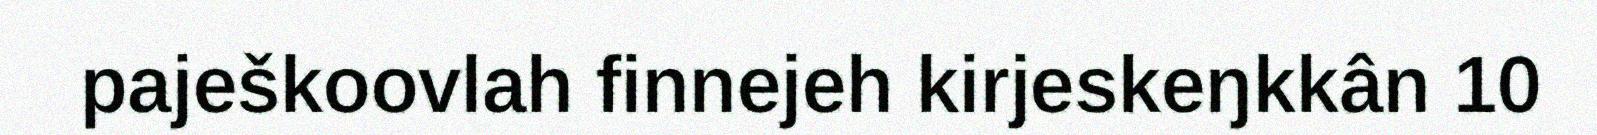
paješkoovlah finnejeh kirjeskeŋkkân 10